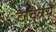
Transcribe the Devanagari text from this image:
टावन्र्यें